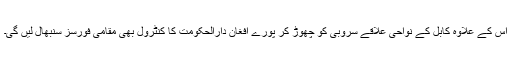
اس کے علاوہ کابل کے نواحی علاقے سروبی کو چھوڑ کر پورے افغان دارالحکومت کا کنٹرول بھی مقامی فورسز سنبھال لیں گی۔